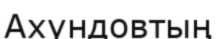
Ахундовтың